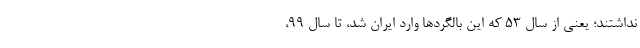
نداشتند؛ یعنی از سال ۵۳ که این بالگردها وارد ایران شد، تا سال ۹۹،